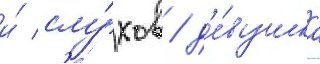
и́ слу́хов / д'е́вушка